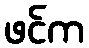
ဖင်က